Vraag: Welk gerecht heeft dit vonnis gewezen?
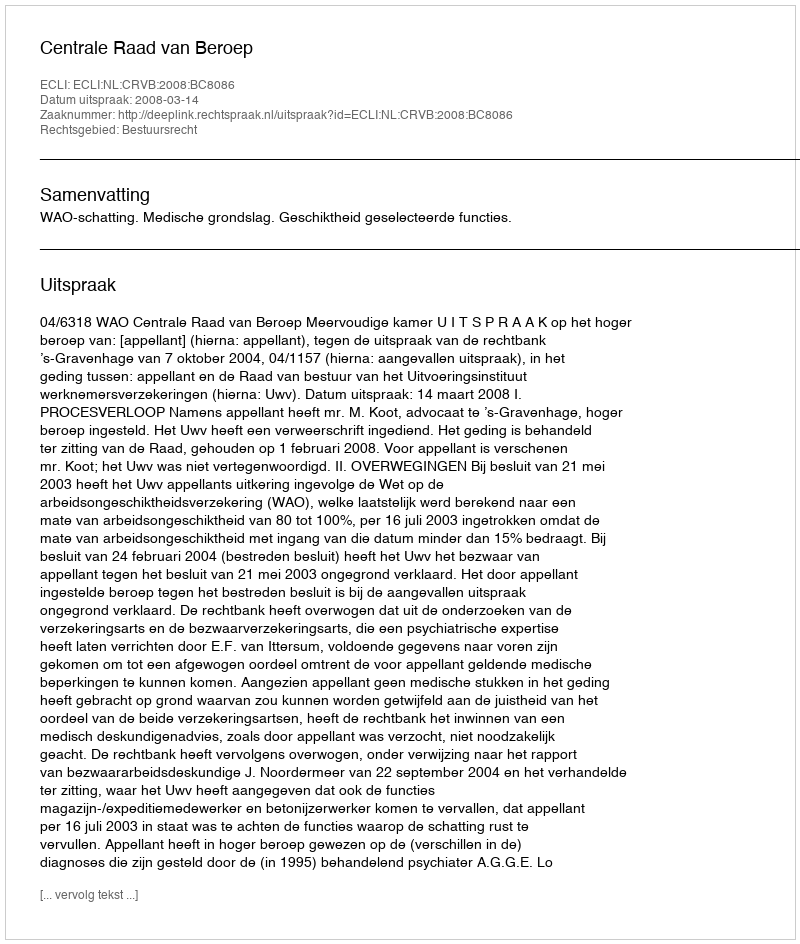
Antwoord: Centrale Raad van Beroep